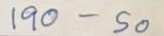
190 - 50